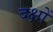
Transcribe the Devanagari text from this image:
दक्षों